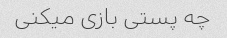
چه پستی بازی میکنی